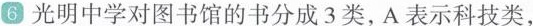
6光明中学对图书馆的书分成3类，A表示科技类，